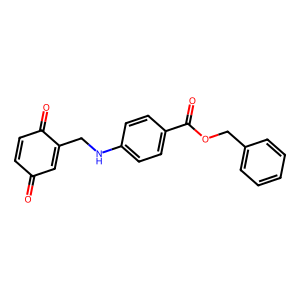
SMILES: O=C1C=CC(=O)C(CNc2ccc(C(=O)OCc3ccccc3)cc2)=C1
Inhibits HIV replication: No